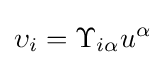
\upsilon _{i}=\Upsilon _{i\alpha }u^{\alpha }